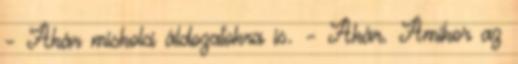
– Akár miskolci áldozatokra is. – Akár. Amikor az